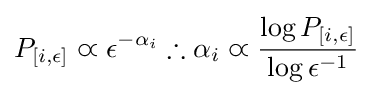
P_{[i,\epsilon ]}\varpropto \epsilon ^{-\alpha _{i}}\therefore \alpha _{i}\varpropto {\frac {\log {P_{[i,\epsilon ]}}}{\log {\epsilon ^{-1}}}}